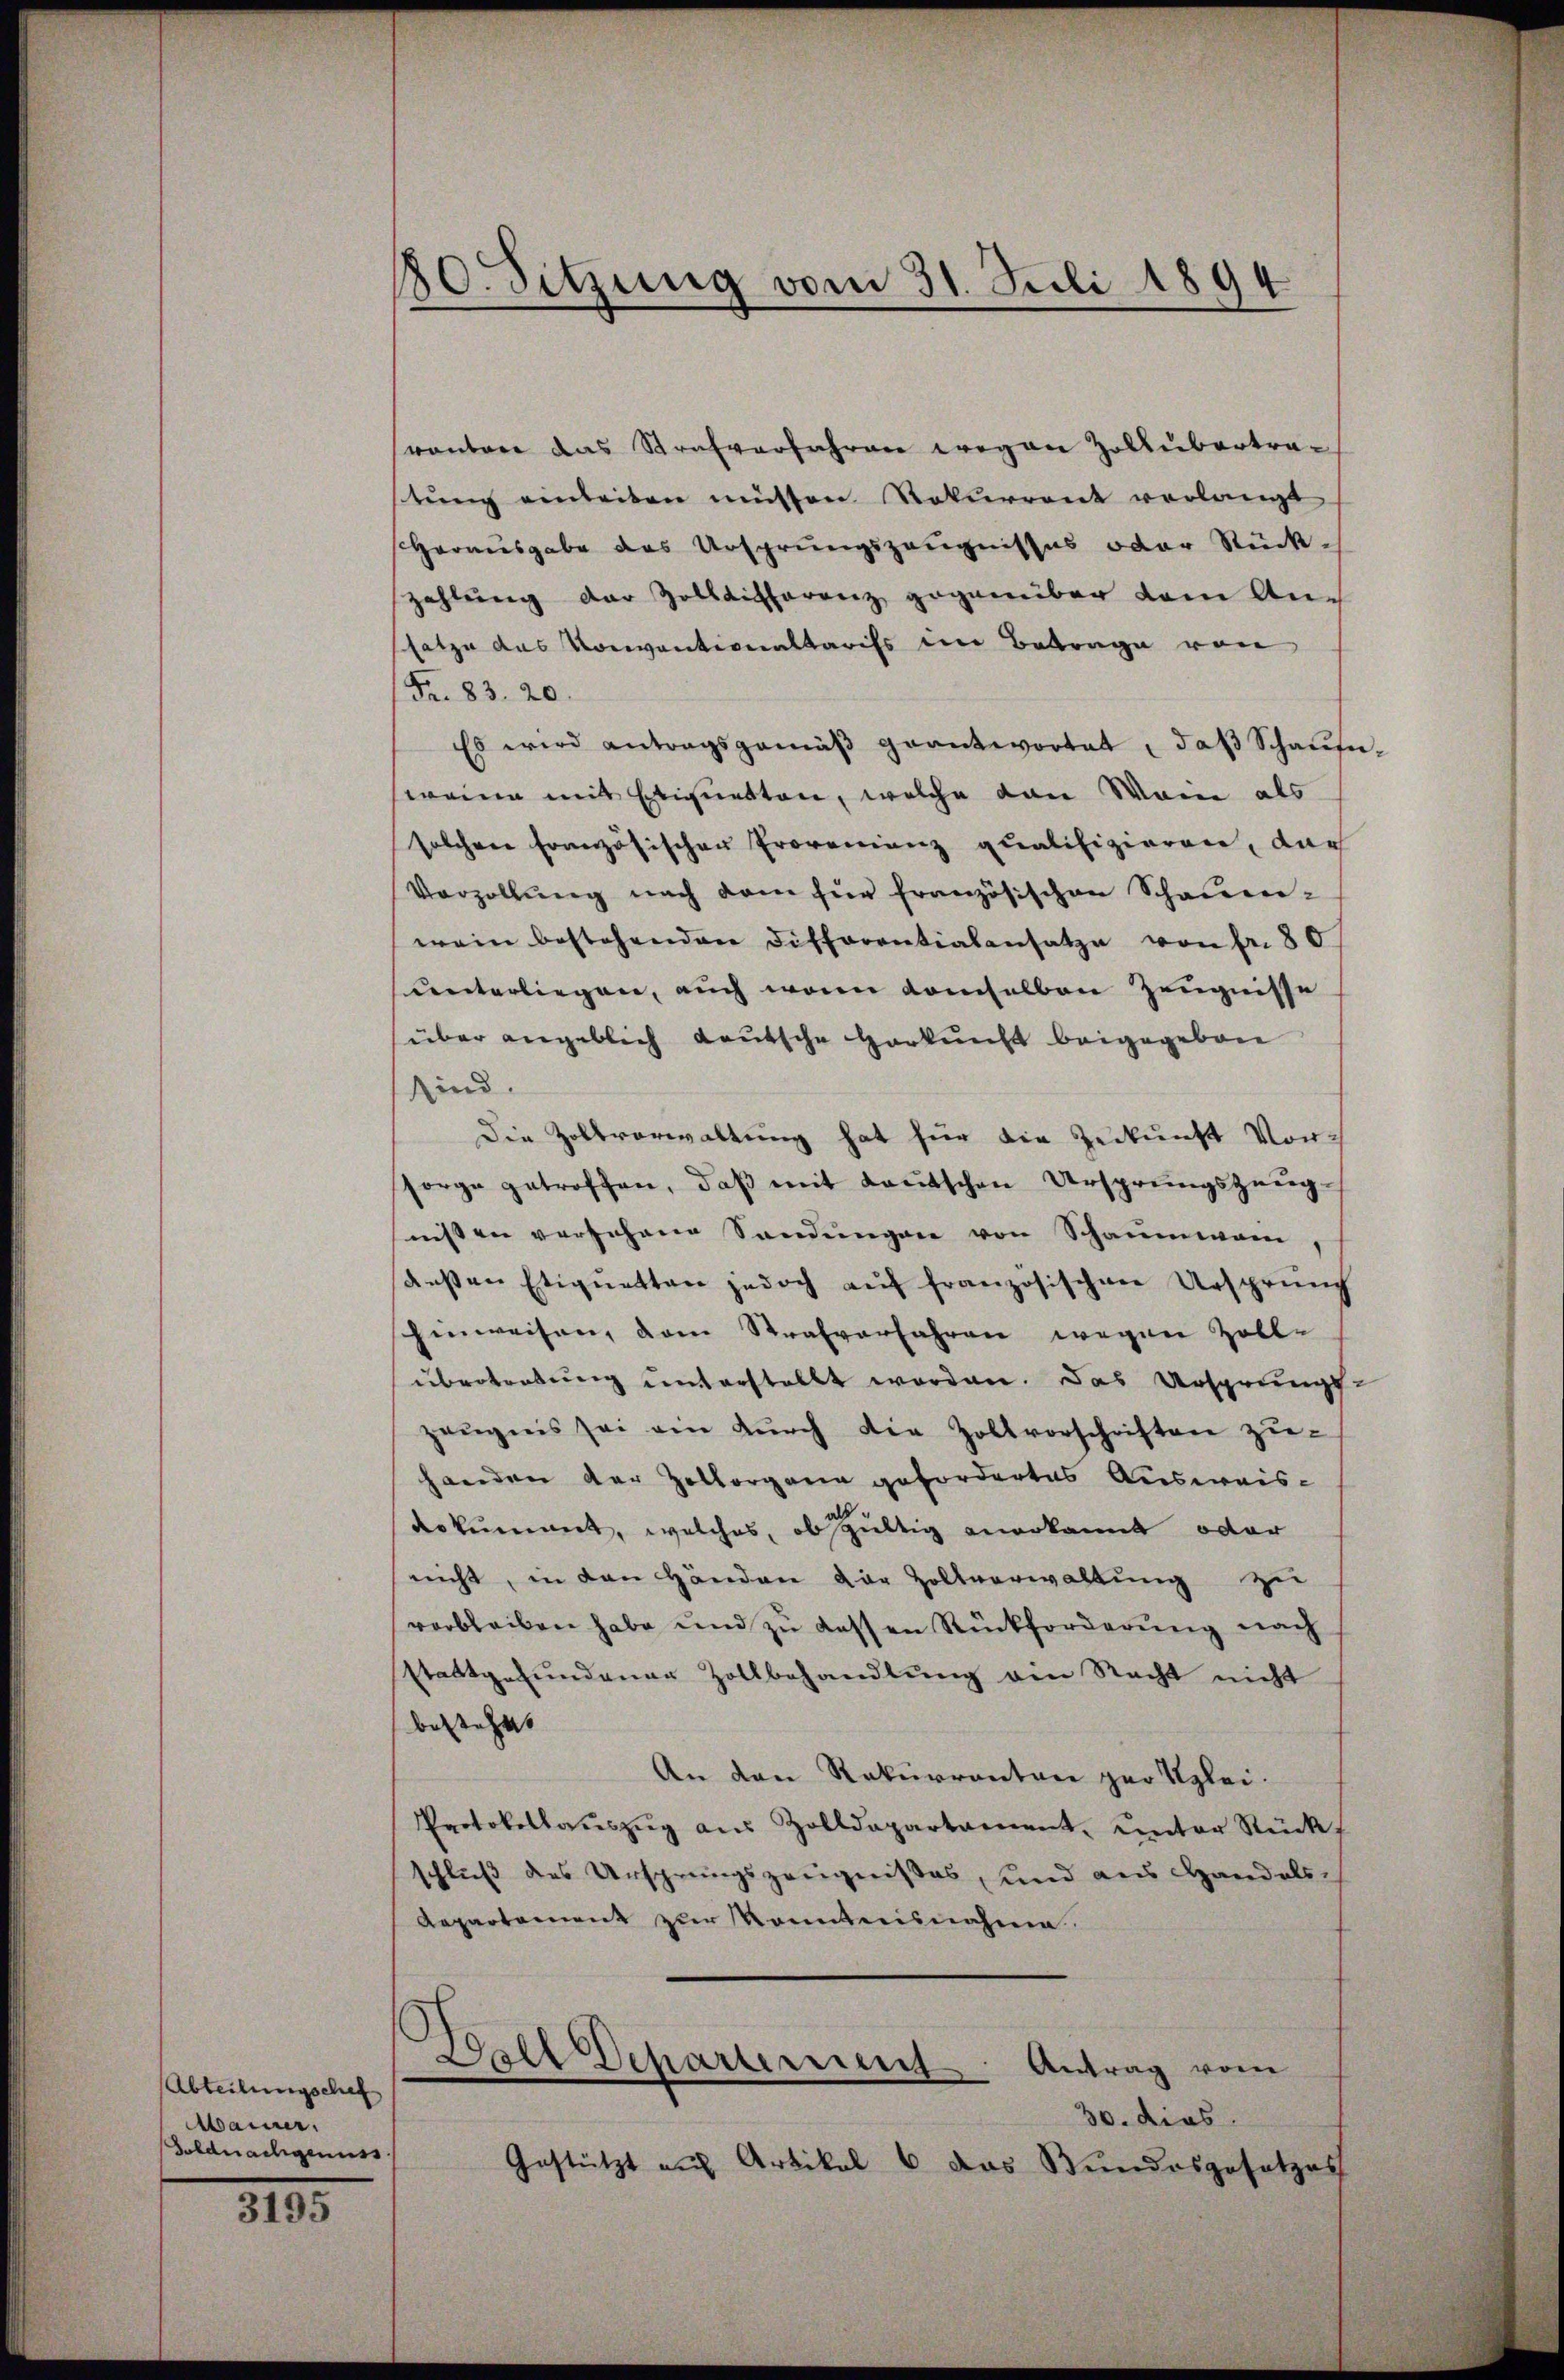
Abteilungschaf
Mainer,
Goldnachgenuss.

3195

30. Sitzung vom 31. Juli 1894

ranten das Strafverfahren wegen Zollubertrastŭng einleiten müssen Rekurrent verlangt
Herausgabe des Ursprungszeugnisses oder Rück-
zahlŭng der Zollicherenz gegenüber dem An-
satze das Konventionaltarifs in Betrage von
Fr. 83. 20.
Es wird antragsgemäβ geantwortet, daβ Schaŭs-
weine mit Etiquetten, welche von Wann als
solchen Französischen Provenienz qualifizieren, dar
Verzollŭng nach dem für französischen Schauen-
wein bestehenden Differentialensatze von fr. 80
unterliegen, auch wenn demselben Zeugnisse
(über angeblich deutsche Herkunft beigegeben
sind.
Die Zollverwaltung hat für die Zukunft Vorsorge getroffen, daß mit Lautschen Ursprungszeug-
nissen versehene Sendungen von Schaumwan
aesen Etiquetten jedoch aŭf französischen Ursprünch
hinweisen, dem Strafverfahren wegen Zoll-
übertretung unterstellt worden. Das Ursprungs-
zeŭgnis sei ein dŭrch die Zollvorschriften zŭ-
handen der Zollorgane gefordertes Ausweis-
dokument, welches, obsgültig anerkannt oder
nicht, in den Händen der Zollverwaltung zu
verbleiben habe und zu dessen Rückforderung nach
stattgefundener Zollbehandlung ein Recht nicht
bestehet
An den Rekurrenten per Klei¬
Protokollaŭszŭg aŭs Zolldepartament. unter Rückt
schluß des Ursprungszeugnißes, und aus Handels-
Repartement zur Kenntnisnahme
Ball Departement Antrag vom
30. dies
Gestützt auf Artikel 6 das Bundesgesetzes